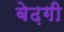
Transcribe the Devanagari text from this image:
बेढ़गी